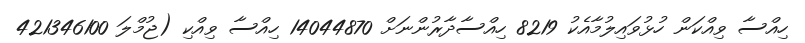
ހިއްސާ ވިއްކަން ހުޅުވައިލުމާއެކު 8219 ހިއްސާދާރުންނަށް 14044870 ހިއްސާ ވިއްކި (ޖުމްލަ 421346100